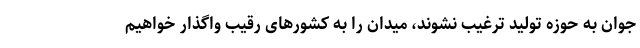
جوان به حوزه تولید ترغیب نشوند، میدان را به کشورھای رقیب واگذار خواھیم